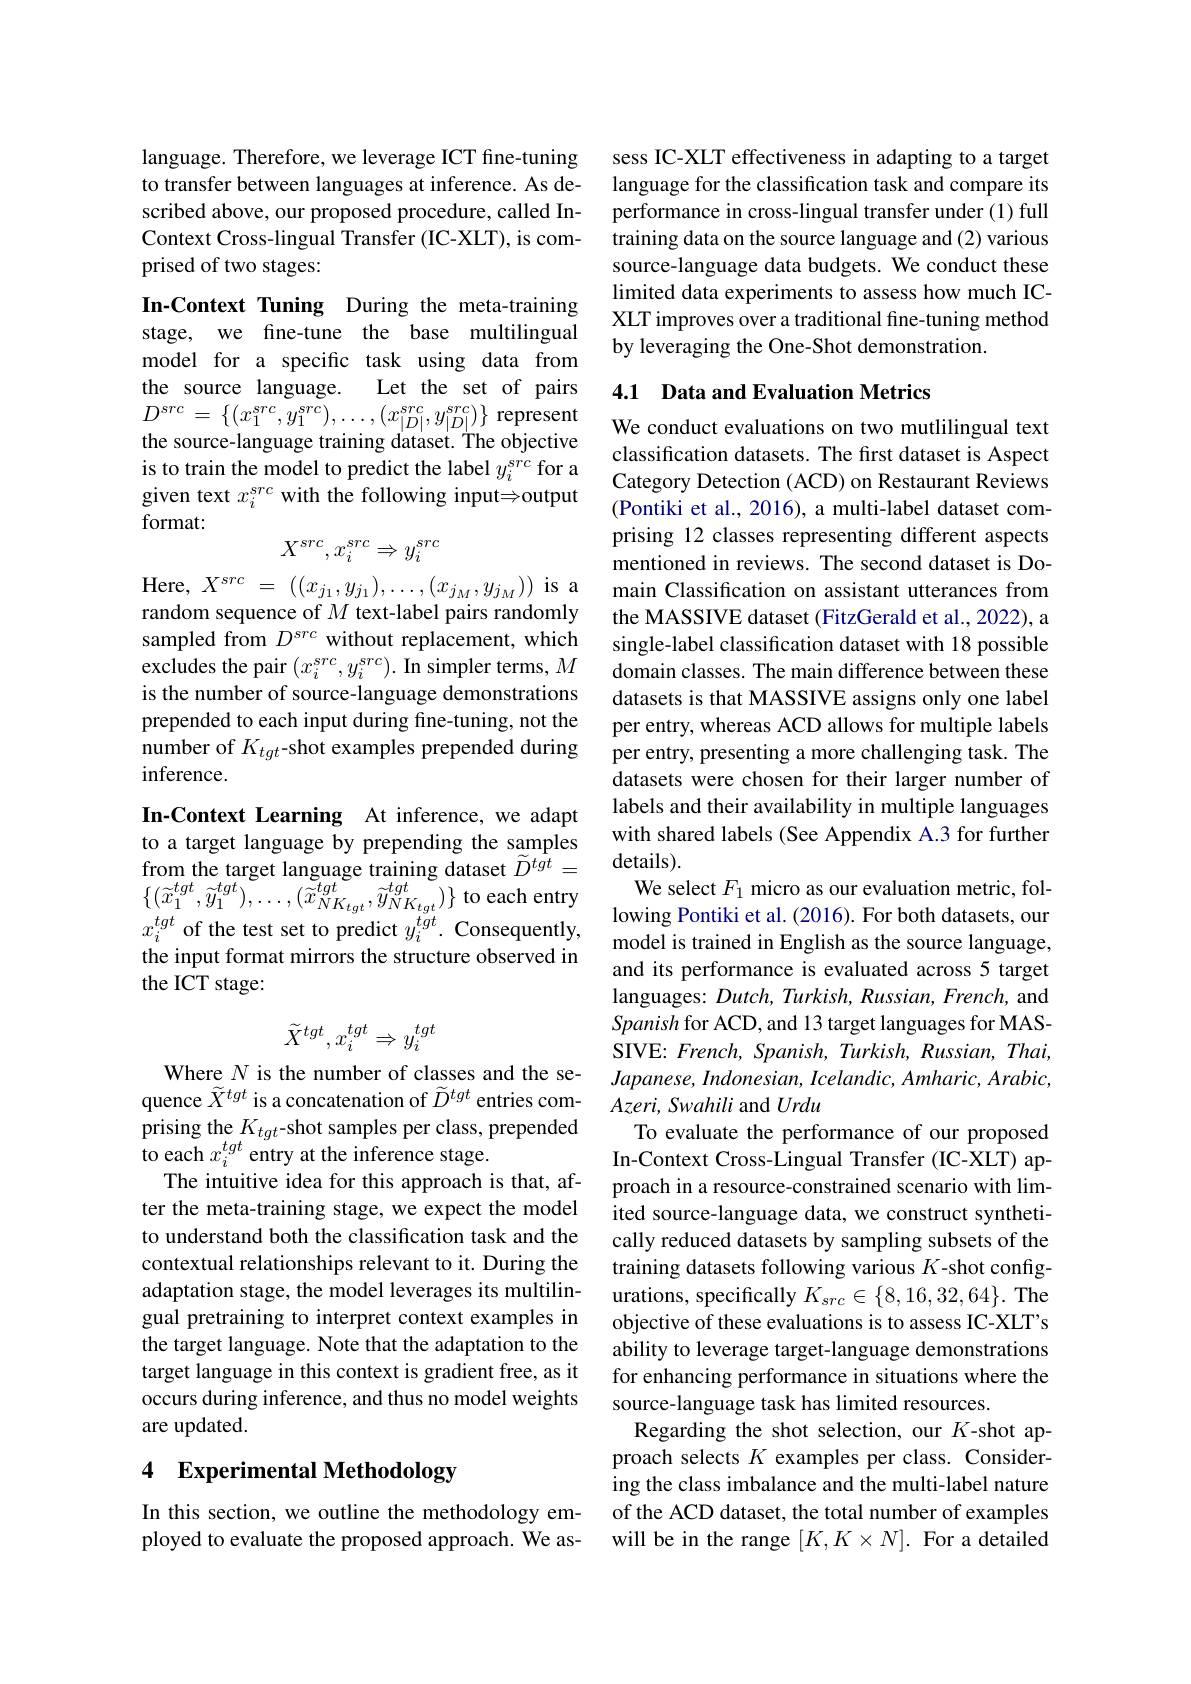
language. Therefore, we leverage ICT fine-tuning to transfer between languages at inference. As described above, our proposed procedure, called InContext Cross-lingual Transfer (IC-XLT), is comprised of two stages:

In-Context Tuning During the meta-training stage, we fine-tune the base multilingual model for a specific task using data from
Let the set of pairs
the source language.
$D^{src}$ = $\{ ( x_{1}^{src}, y_{1}^{src}) , \ldots , ( x_{| D| }^{src}, y_{| D| }^{src}) \}$ represent the source-language training dataset. The objective is to train the model to predict the label $y_i^{src}$ for a given text $x_i^{src}$ with the following inputsoutput format:
$$X^{src},x_i^{src}\Rightarrow y_i^{src}$$
Here, $X^src$ = $( ( x_{j_1}, y_{j_1}) , \ldots , ( x_{j_M}, y_{j_M}) )$ is a random sequence of $M$ text-label pairs randomly sampled from $D^{src}$ without replacement, which excludes the pair $(x_i^{src},y_i^{src}).$ In simpler terms, $M$ is the number of source-language demonstrations prepended to each input during fine-tuning, not the number of $K_{tgt}$-shot examples prepended during inference.

In-Context Learning At inference, we adapt to a target language by prepending the samples from the target language training dataset $\tilde{D}^{tgt}=$ $\left\{(\widetilde{x}_{1}^{tgt},\widetilde{y}_{1}^{tgt}),\ldots,(\widetilde{x}_{NK_{tgt}}^{tgt},\widetilde{y}_{NK_{tgt}}^{tgt})\right\}$to each entry $\{ ( x_{1}^{\prime }, y_{1}^{\prime }) , \cdots , ( x_{Nk_{tgt}}^{\prime }, y_{N}k_{tgt}^{\prime }) \}$ o cucn cury $x_{i}^{tgt}$ of the test set to predict $y_{i}^{tgt}.$ Consequently,lowing Pontiki et al. ( 2016) . For both datasets, our model is trained in English as the source langua
the input format mirrors the structure observed in
the ICT stage:
$$\tilde{X}^{tgt},x_i^{tgt}\Rightarrow y_i^{tgt}$$
Where $N$ is the number of classes and the sequence $\widetilde{X}^{tgt}$ is a concatenation of $\widetilde D^{tgt}$ entries comprising the $K_{tgt}$-shot samples per class, prepended to each $x_i^{tgt}$ entry at the inference stage.
The intuitive idea for this approach is that, after the meta-training stage, we expect the model to understand both the classification task and the contextual relationships relevant to it. During the adaptation stage, the model leverages its multilingual pretraining to interpret context examples in the target language. Note that the adaptation to the target language in this context is gradient free,as it occurs during inference, and thus no model weights are updated.

## 4 Experimental Methodology

In this section, we outline the methodology employed to evaluate the proposed approach. We as-

sess IC-XLT effectiveness in adapting to a target language for the classification task and compare its performance in cross-lingual transfer under (1) full training data on the source language and (2) various source-language data budgets. We conduct these limited data experiments to assess how much ICXLT improves over a traditional fine-tuning method by leveraging the One-Shot demonstration.

## 4.1 Data and Evaluation Metrics

We conduct evaluations on two mutlilingual text classification datasets. The first dataset is Aspect Category Detection (ACD) on Restaurant Reviews (Pontiki et al., 2016), a multi-label dataset comprising 12 classes representing different aspects mentioned in reviews. The second dataset is Domain Classification on assistant utterances from the MASSIVE dataset (FitzGerald et al., 2022), a single-label classification dataset with 18 possible domain classes. The main difference between these datasets is that MASSIVE assigns only one label per entry, whereas ACD allows for multiple labels per entry, presenting a more challenging task. The datasets were chosen for their larger number of labels and their availability in multiple languages with shared labels (See Appendix A.3 for further details).
We select $F_1$ micro as our evaluation metric, folmodel is trained in English as the source language, and its performance is evaluated across 5 target languages: Dutch, Turkish, Russian, French, and Spanish for ACD, and 13 target languages for MASSIVE: French, Spanish, Turkish, Russian, Thai, $Japanese,Indonesian,Icelandic,Amharic,Arabic$, $Azeri,Swahili$ and Urdu
To evaluate the performance of our proposed In-Context Cross-Lingual Transfer (IC-XLT) approach in a resource-constrained scenario with limited source-language data, we construct synthetically reduced datasets by sampling subsets of the training datasets following various $K$-shot configurations, specifically $K_{src}\in\{8,16,32,64\}.$ The objective of these evaluations is to assess IC-XLT's ability to leverage target-language demonstrations for enhancing performance in situations where the source-language task has limited resources.
Regarding the shot selection, our $K$-shot approach selects $K$ examples per class. Considering the class imbalance and the multi-label nature of the ACD dataset, the total number of examples will be in the range $[K,K\times N].$ For a detailed